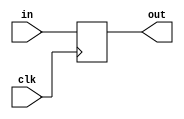
module Buffer #(parameter N = 16) (clk, in, out);

    input clk;
    input [N-1:0] in;
    output reg [N-1:0] out;

    always @(negedge clk) begin
        out = in;
    end
    
endmodule